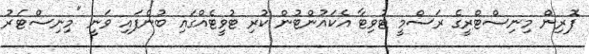
ފޮރިން މިނިސްޓްރީގެ ރަސްމީ ޓުވިޓާ އެކައުންޓުން ކުރި ޓުވީޓެއްގައި ބުނެފައި ވަނީ "މިނިސްޓަރު